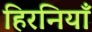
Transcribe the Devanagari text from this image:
हिरनियाँ